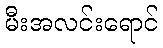
မီးအလင်းရောင်